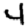
Digit: 4